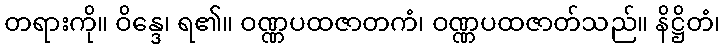
တရားကို။ ဝိန္ဒေ၊ ရ၏။ ဝဏ္ဏပထဇာတကံ၊ ဝဏ္ဏပထဇာတ်သည်။ နိဋ္ဌိတံ၊